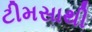
ટીમસાથી